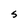
Character: S